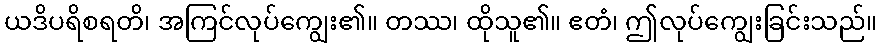
ယဒိပရိစရတိ၊ အကြင်လုပ်ကျွေး၏။ တဿ၊ ထိုသူ၏။ ဧတံ၊ ဤလုပ်ကျွေးခြင်းသည်။